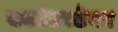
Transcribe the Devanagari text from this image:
काउंटरटेनर